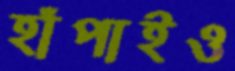
হাঁপাইও